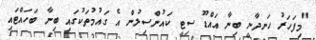
"މިފަހަރު ހަނދާނީ ބިނާ އައްޑޫ ސިޓީ ކައުންސިލުން އެ ގައުމުތަކުގައި ބިނާ ބަހައްޓައި